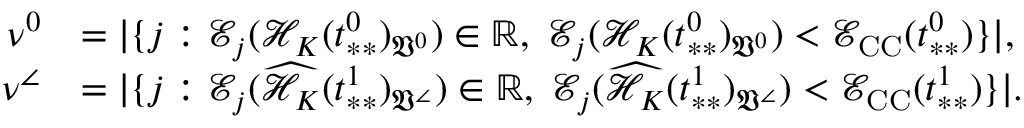
\begin{array} { r l } { \nu ^ { 0 } } & { = | \{ j : \mathcal { E } _ { j } ( \mathcal { H } _ { K } ( t _ { * * } ^ { 0 } ) _ { \mathfrak { V } ^ { 0 } } ) \in \mathbb { R } , \; \mathcal { E } _ { j } ( \mathcal { H } _ { K } ( t _ { * * } ^ { 0 } ) _ { \mathfrak { V } ^ { 0 } } ) < \mathcal { E } _ { \mathrm { C C } } ( t _ { * * } ^ { 0 } ) \} | , } \\ { \nu ^ { \angle } } & { = | \{ j : \mathcal { E } _ { j } ( \widehat { \mathcal { H } _ { K } } ( t _ { * * } ^ { 1 } ) _ { \mathfrak { V } ^ { \angle } } ) \in \mathbb { R } , \; \mathcal { E } _ { j } ( \widehat { \mathcal { H } _ { K } } ( t _ { * * } ^ { 1 } ) _ { \mathfrak { V } ^ { \angle } } ) < \mathcal { E } _ { \mathrm { C C } } ( t _ { * * } ^ { 1 } ) \} | . } \end{array}